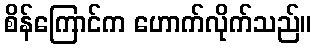
စိန်ကြောင်က ဟောက်လိုက်သည်။